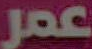
عمر